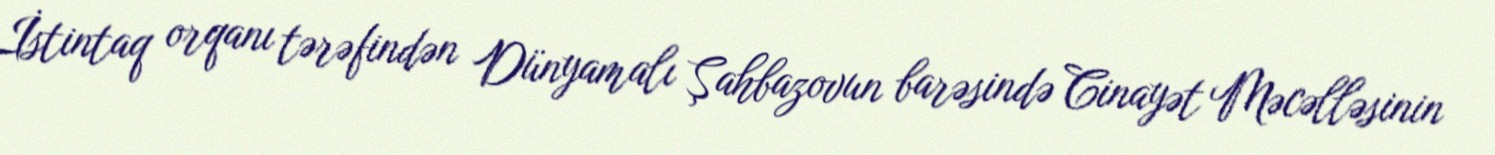
İstintaq orqanı tərəfindən Dünyamalı Şahbazovun barəsində Cinayət Məcəlləsinin